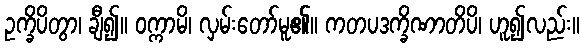
ဥက္ခိပိတွာ၊ ချီ၍။ ဝက္ကာမိ၊ လှမ်းတော်မူ၏။ ကတပဒက္ခိဏာတိပိ၊ ဟူ၍လည်း။